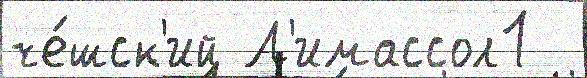
че́шск'ий Л'имассол1